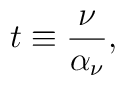
t \equiv {\nu \over \alpha_{\nu}},